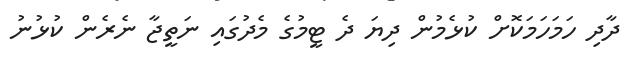
ދާދި ހަމަހަމަކޮށް ކުޅެމުން ދިޔަ ދެ ޓީމުގެ މެދުގައި ނަތީޖާ ނެރެން ކުޅުނު